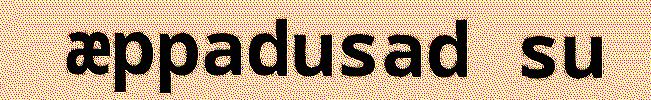
æppadusad su